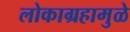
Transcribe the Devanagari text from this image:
लोकाग्रहामुळे